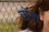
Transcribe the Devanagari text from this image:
वॉन्ग